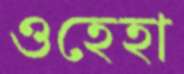
ওহেহা